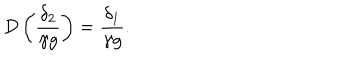
D \left( \frac { \delta _ { 2 } } { \gamma g } \right) = \frac { \delta _ { 1 } } { \gamma g } .